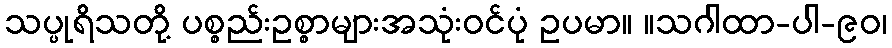
သပ္ပုရိသတို့ ပစ္စည်းဥစ္စာများအသုံးဝင်ပုံ ဥပမာ။ ။သဂါထာ-ပါ-၉၀၊